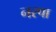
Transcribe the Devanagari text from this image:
नरपा